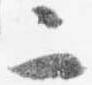
二